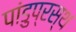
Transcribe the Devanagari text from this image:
पांडुप्रस्थ